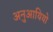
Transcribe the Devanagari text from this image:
अनुआयियो